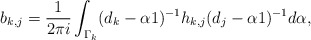
\begin{align*}b_{k,j} = \frac{1}{2 \pi i} \int_{\Gamma_k} (d_k - \alpha 1)^{-1} h_{k,j} (d_j - \alpha 1)^{-1} d \alpha, \end{align*}